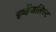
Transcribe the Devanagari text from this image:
इव्हेंजलिस्ट